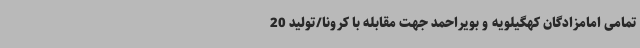
تمامی امامزادگان کهگیلویه و بویراحمد جهت مقابله با کرونا/تولید 20